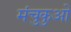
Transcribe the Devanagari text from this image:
मंचुकुओ